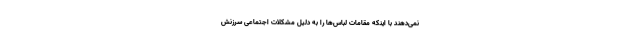
نمی‌دهند با اینکه مقامات لباس‌ها را به دلیل مشکلات اجتماعی سرزنش